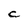
Character: C